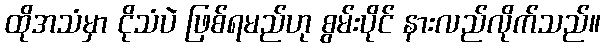
ထိုအသံမှာ ငိုသံပဲ ဖြစ်ရမည်ဟု စွမ်းပိုင် နားလည်လိုက်သည်။